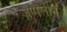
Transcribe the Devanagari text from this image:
ज़ेप्पलीन